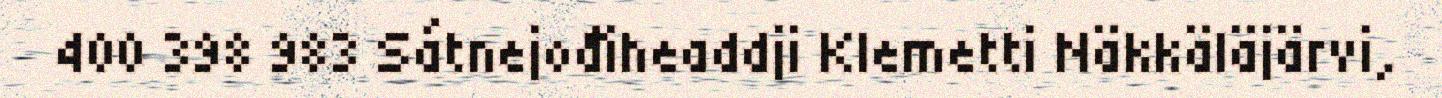
400 398 983 Sátnejođiheaddji Klemetti Näkkäläjärvi,